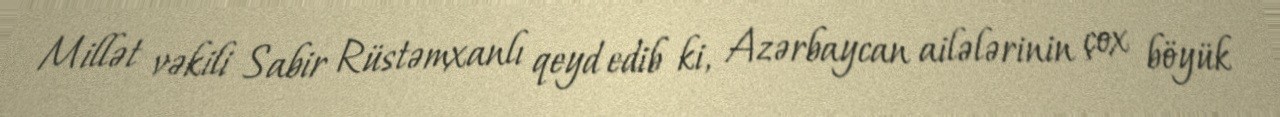
Millət vəkili Sabir Rüstəmxanlı qeyd edib ki, Azərbaycan ailələrinin çox böyük